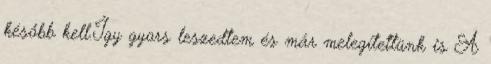
később kell.Így gyors leszedtem és már melegítettünk is A